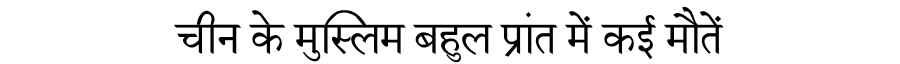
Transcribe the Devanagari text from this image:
चीन के मुस्लिम बहुल प्रांत में कई मौतें